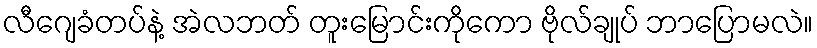
လီဂျေခံတပ်နဲ့ အဲလဘတ် တူးမြောင်းကိုကော ဗိုလ်ချုပ် ဘာပြောမလဲ။